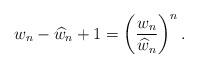
LaTeX: \begin{align*} w_{n}-\widehat{w}_{n}+1=\left(\frac{w_{n}}{\widehat{w}_{n}}\right)^{n}.\end{align*}